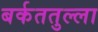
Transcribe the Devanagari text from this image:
बर्कततुल्ला